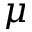
\mu